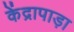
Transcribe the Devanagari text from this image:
केंद्रापाड़ा